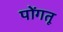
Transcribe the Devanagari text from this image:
पोंगतू